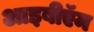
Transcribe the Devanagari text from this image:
आइबीऍम